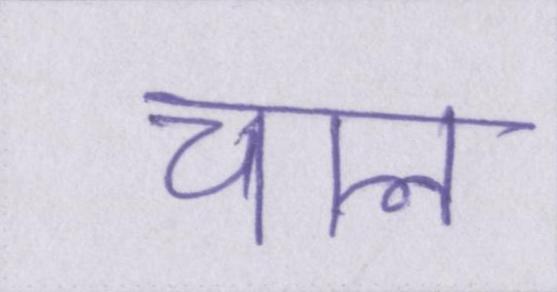
चाल